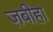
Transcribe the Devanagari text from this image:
ज़बीहा